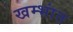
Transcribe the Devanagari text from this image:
खम्भांत